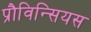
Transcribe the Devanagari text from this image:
प्रौविन्सियस